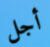
أجل